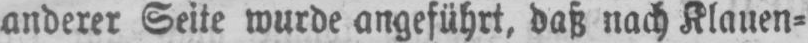
anderer Seite wurde angeführt, daß nach Klauen⸗